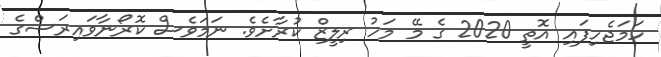
ހަމަޖެހިފައި އޮތީ 2020 ގެ މޭ މަހު ރިލީޒް ކުރާށެވެ. ނަމަވެސް ކޮރޯނާވައިރަސްގެ